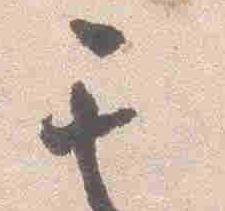
其